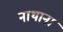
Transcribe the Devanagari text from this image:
नाथाना